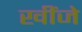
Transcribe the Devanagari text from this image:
खींजे